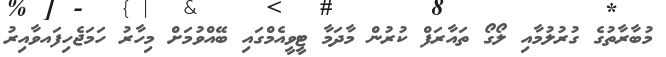
މުބާރާތުގެ ގުރުލުމާއި ލޯގޯ ތައާރަފް ކުރުން މާދަމާ ޓީވީއެމްގައި ބޭއްވުމަށް މިހާރު ހަމަޖެހިފައވާއިރު